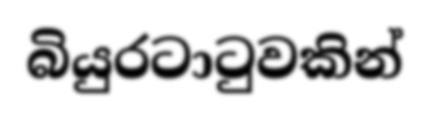
බියුරටාටුවකින්